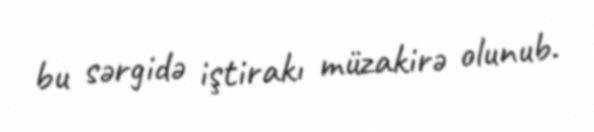
bu sərgidə iştirakı müzakirə olunub.